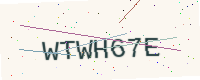
Text: WTWH67E